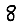
Digit: 8